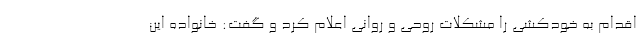
اقدام به خودکشی را مشکلات روحی و روانی اعلام کرد و گفت: خانواده این